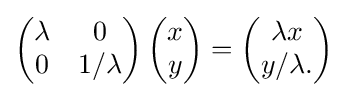
{\begin{pmatrix}\lambda &0\\0&1/\lambda \end{pmatrix}}\,{\begin{pmatrix}x\\y\end{pmatrix}}={\begin{pmatrix}\lambda x\\y/\lambda .\end{pmatrix}}